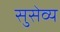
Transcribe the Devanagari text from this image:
सुसेव्य